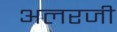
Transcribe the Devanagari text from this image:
अलरजी